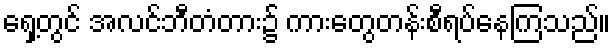
ရှေ့တွင် အလင်ဘီတံတား၌ ကားတွေတန်းစီရပ်နေကြသည်။